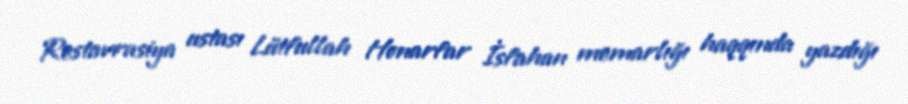
Restavrasiya ustası Lütfullah Honarfar İsfahan memarlığı haqqında yazdığı